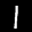
Label: 1